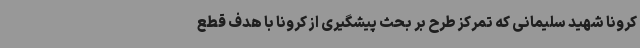
کرونا شهید سلیمانی که تمرکز طرح بر بحث پیشگیری از کرونا با هدف قطع